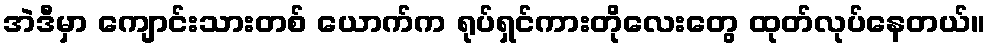
အဲဒီမှာ ကျောင်းသားတစ် ယောက်က ရုပ်ရှင်ကားတိုလေးတွေ ထုတ်လုပ်နေတယ်။